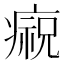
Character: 𤹙